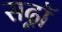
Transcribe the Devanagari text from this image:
सद्नॉ